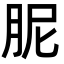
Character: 胒